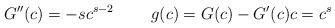
LaTeX: \begin{align*}G''(c) = -s c^{s-2}\phantom{xx} \phantom{xx}g(c) = G(c)-G'(c)c = c^s\end{align*}